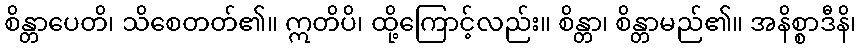
စိန္တာပေတိ၊ သိစေတတ်၏။ ဣတိပိ၊ ထို့ကြောင့်လည်း။ စိန္တာ၊ စိန္တာမည်၏။ အနိစ္စာဒီနိ၊